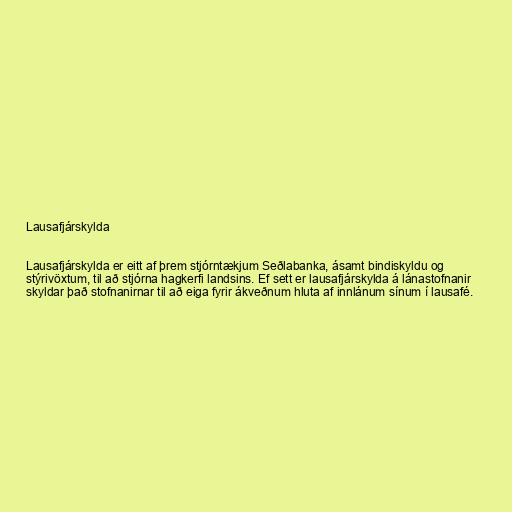
Lausafjárskylda

Lausafjárskylda er eitt af þrem stjórntækjum Seðlabanka, ásamt bindiskyldu og
stýrivöxtum, til að stjórna hagkerfi landsins. Ef sett er lausafjárskylda á lánastofnanir
skyldar það stofnanirnar til að eiga fyrir ákveðnum hluta af innlánum sínum í lausafé.